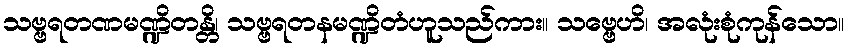
သဗ္ဗရတဏမဏ္ဍိတန္တိ၊ သဗ္ဗရတနမဏ္ဍိတံဟူသည်ကား။ သဗ္ဗေဟိ၊ အလုံးစုံကုန်သော။